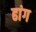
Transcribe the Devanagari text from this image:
ढांग